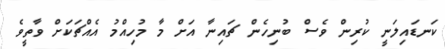
ކަނޑައިލަނީ ކުރިން ވެސް ބުނިހެން ޗައިނާ އަށް މާ މުހިއްމު އެއްޗަކަށް ވާތީވެ